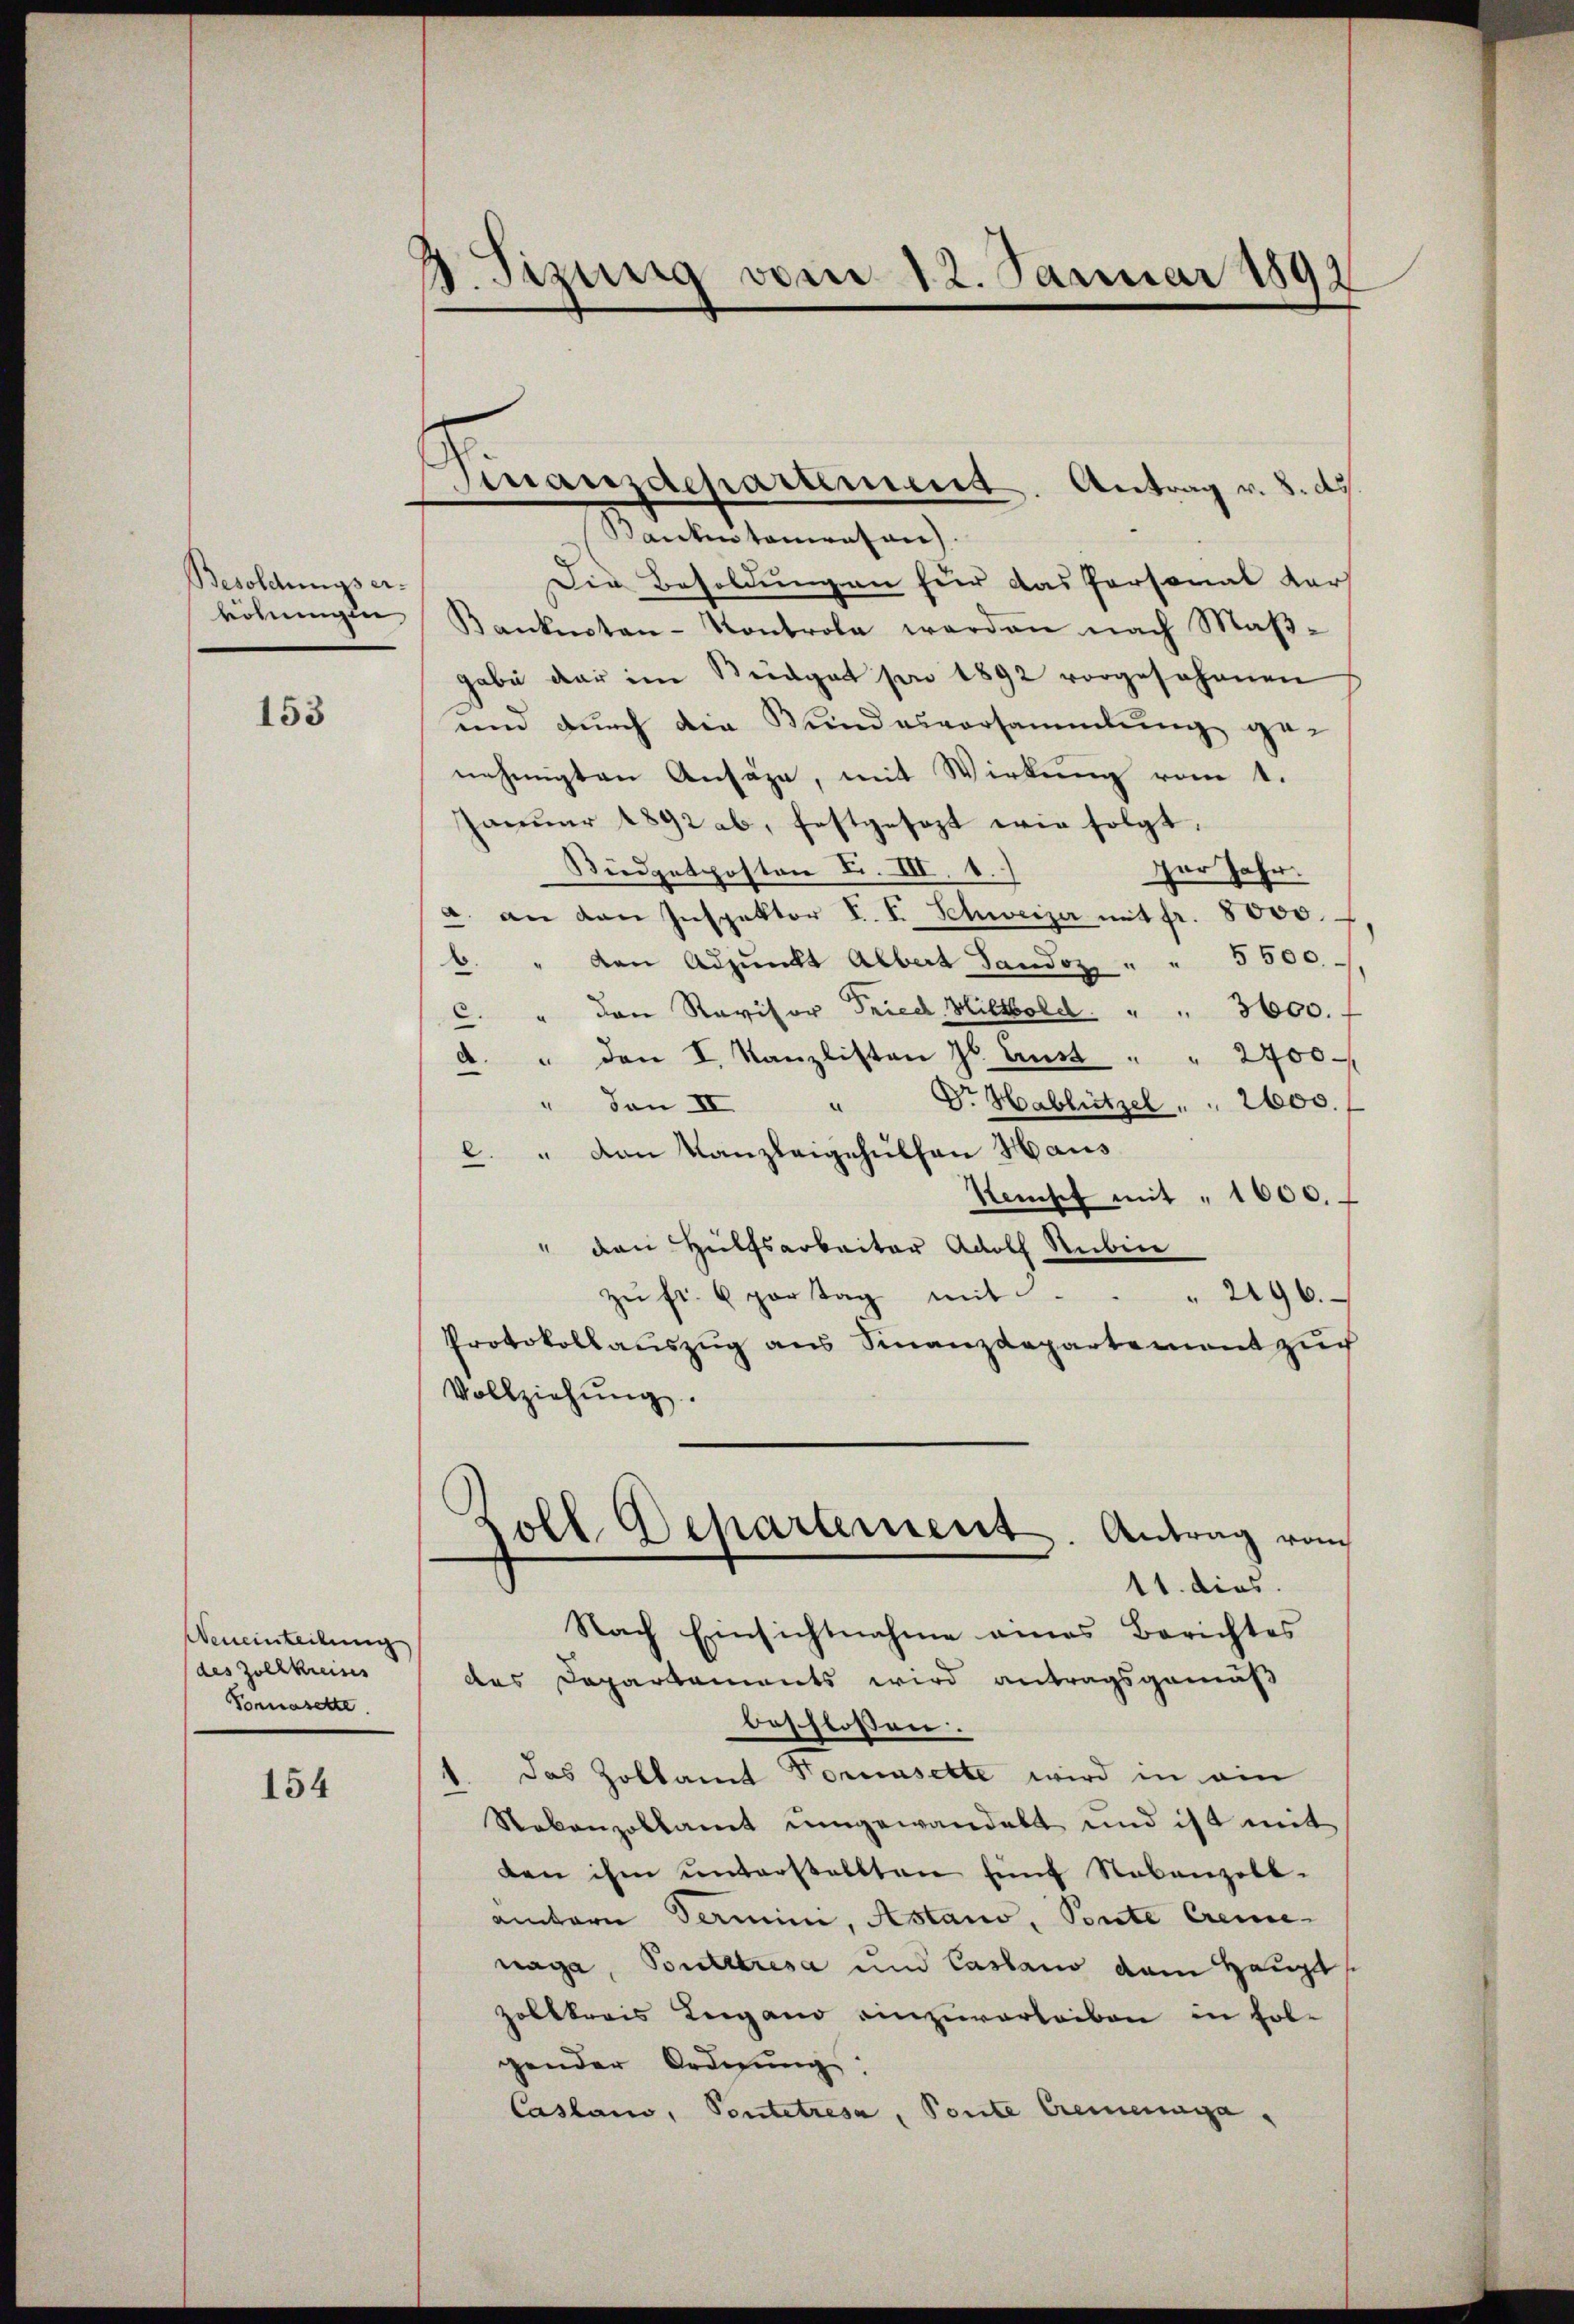
Besoldungs er-
röhnungen

153

Neneinteilung
des Zollkreises
Vomasette

154

3. Sizung vom 12. Januar 1892

Bankentamrasen)
Die Besoldungen für das Personal dar
Kanknoten-Kontrola werden nach Maβ-
gabe der im Seidgat von 1892 vorgesehenen
und durch den Kundesversammlung ge-
nehmigten Ansäge, mit Wirkung vom 1.
Januar 1892 ab, festgesezt wie folgt.
Büdgetposten L. III. 1.
Der Jahr.
a. an den Inspektor V. P. Schweizer mit fr. 8000.
b. " von Adjunkt Albert Sandoz " " 5500.
C. " den Revisor Fried, Hiltbold. " " 3600.
" den I. Kanzlisten J. Lust " " 2400
d
Dr. Hablützel " " 2600.
" von II
.
c. " von Kanzleigehulhau Haus
kansch mit " 1000.
" den Hülfsarbeiter Adolf Rubine
zŭ fr. 6 partag mit . . . 2496.
Protokollauszug aus Finanzdepartement zuch
Vollziehŭng.
Zoll Deparament. Antrag vom
11. dies
Nach Einsichtnahme eines Berichtes
des Departements wird antragsgemäß
beschlossen:
das Zollamt Formensette wird in ein
Rakenzollamt umgewandelt und ist mit
den ihm unterstellten Einf Nebenzoll-
amntern Termin, Astano, Ponte Cremenage, Soutstresa und Cassano dem Haupts
zolkkreis Lugano einzuverleiben in Folgender Ordnung.
Casano, Pontetresa, Ponte Cremenaga

Finanzdepartement. Antrag v. 8. ds.